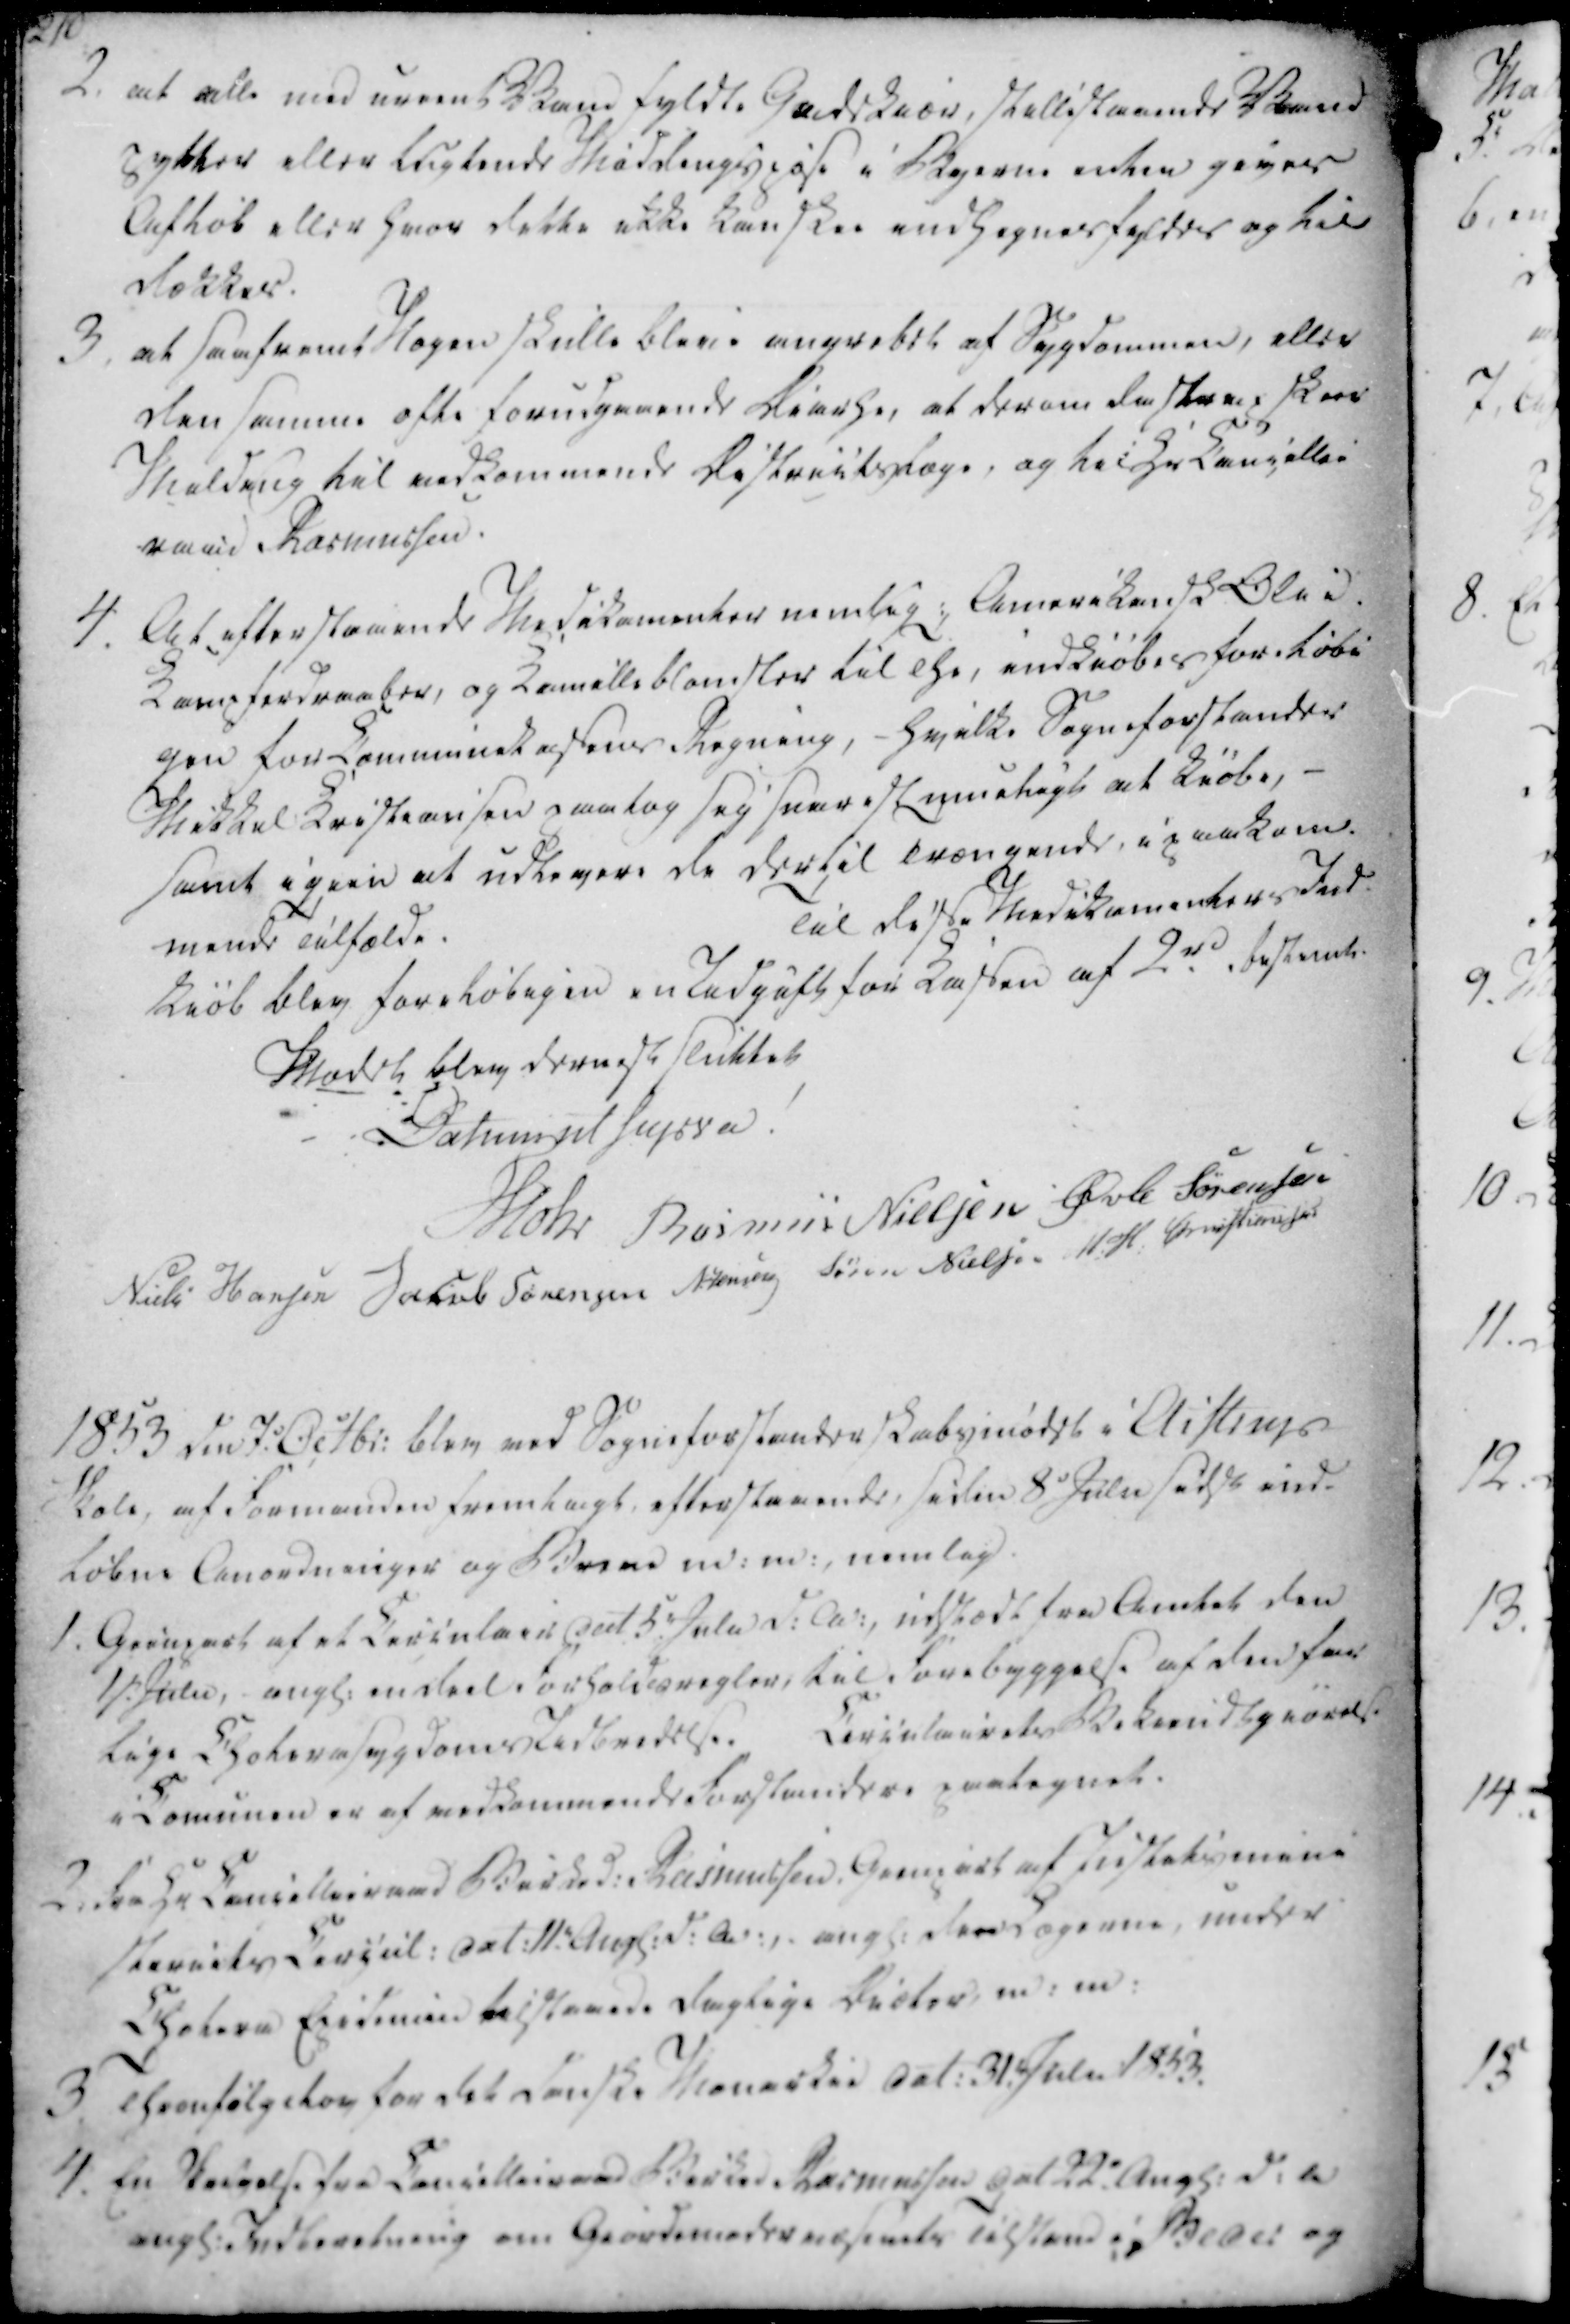
Transskription:
2. at alle med urent Vandfyldte Gadekiær, stillestaaende Vand
pytter eller lugtende Møddingspøse i Byerne enten gives
Afløb eller hvor dette ikke kan skee indhegnesfyldes og til
dækkes.
3, at saafremt Nogen skulle blive angrebet af Sygdommen, eller
den samme ofte forudgaaende Diarhe, at derom de strax skeer
Melding til vedkommende Districtslæge, og til Hr Cancellie
raad Rasmussen.
4. At efterstaaende Medikomenter nemlig:, Amerikansk Olie.
Kamferdraaber, og Kamilleblomster til The, indkiøbes foreløbi
gen for Communekassens Regning, - hvilke Sogneforstander
Mikkel Kristiansen paatog sig snarest mueligt at kiøbe, -
samt igien at udlevere de dertil Trængende, i paakom-
mende Tilfælde.
Til disse Medicamenters Ind-
kiøb blev foreløbigen en Udgift for Kassen af 2 rd bestemt.

Mødet blev dernest sluttet
Datum ut supra!
Mohr
Rasmus Nielsen
Øvle Sørensen
Niels Hansen
Jacob Sørensen
N. Jensen
Søren Nielsen
M. H. Christiansen

1853 den 7.d Octbr. blev ved Sogneforstanderskabsmødet i Aistrup
Skole, af Formanden fremlagt, efterstaaende, siden 8d Julii sidstl ind-
løbne Anordninger og Breve m. m., nemlig.

1. Gienpart af et Circulair dat 5. Julii d.A. udstædt fra Amtet den
1st. Julii, - angl. endeel Forholdsregler, til Forebyggelse af den far
lige Cholerasygdoms Udbredelse. Circulairets Bekiendtgiørelse
i Comunen er af vedkommende Forstandere paategnet.
2. fra Hr Cancellieraad Birked. Rasmussen, Gienpart af Justitsmini
steriets Circul. dat. 11te Angl. d.A., angl. de Lægerne, under
Cholera Epidemien tilstaaede daglige Diæter, m. m.
3. Thronfølgelov for det danske Monarkie dat. 31.te Julii 1853.
4. En Skrivelse fra Cancellieraad Birked. Rasmussen dat 22. Angl. d.a
angl. Indberetning om Giordemodervæsenets Tilstand i Beder og